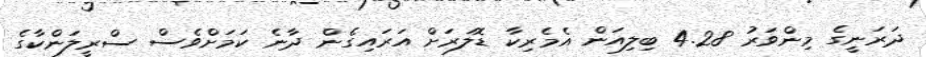
ދަރަނީގެ މިންވަރު 4.28 ބިލިއަން އެމެރިކާ ޑޮލަރަށް އަރައިގެން ދާނެ ކަމަށްވެސް ސްރީލަންކާގެ